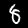
Digit: 8